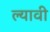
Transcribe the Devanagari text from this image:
ल्यावी